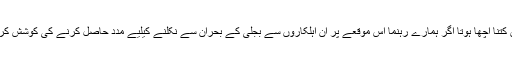
لیکن کتنا اچھا ہوتا اگر ہمارے رہنما اس موقعے پر ان اہلکاروں سے بجلی کے بحران سے نکلنے کیلیے مدد حاصل کرنے کی کوشش کرتے۔